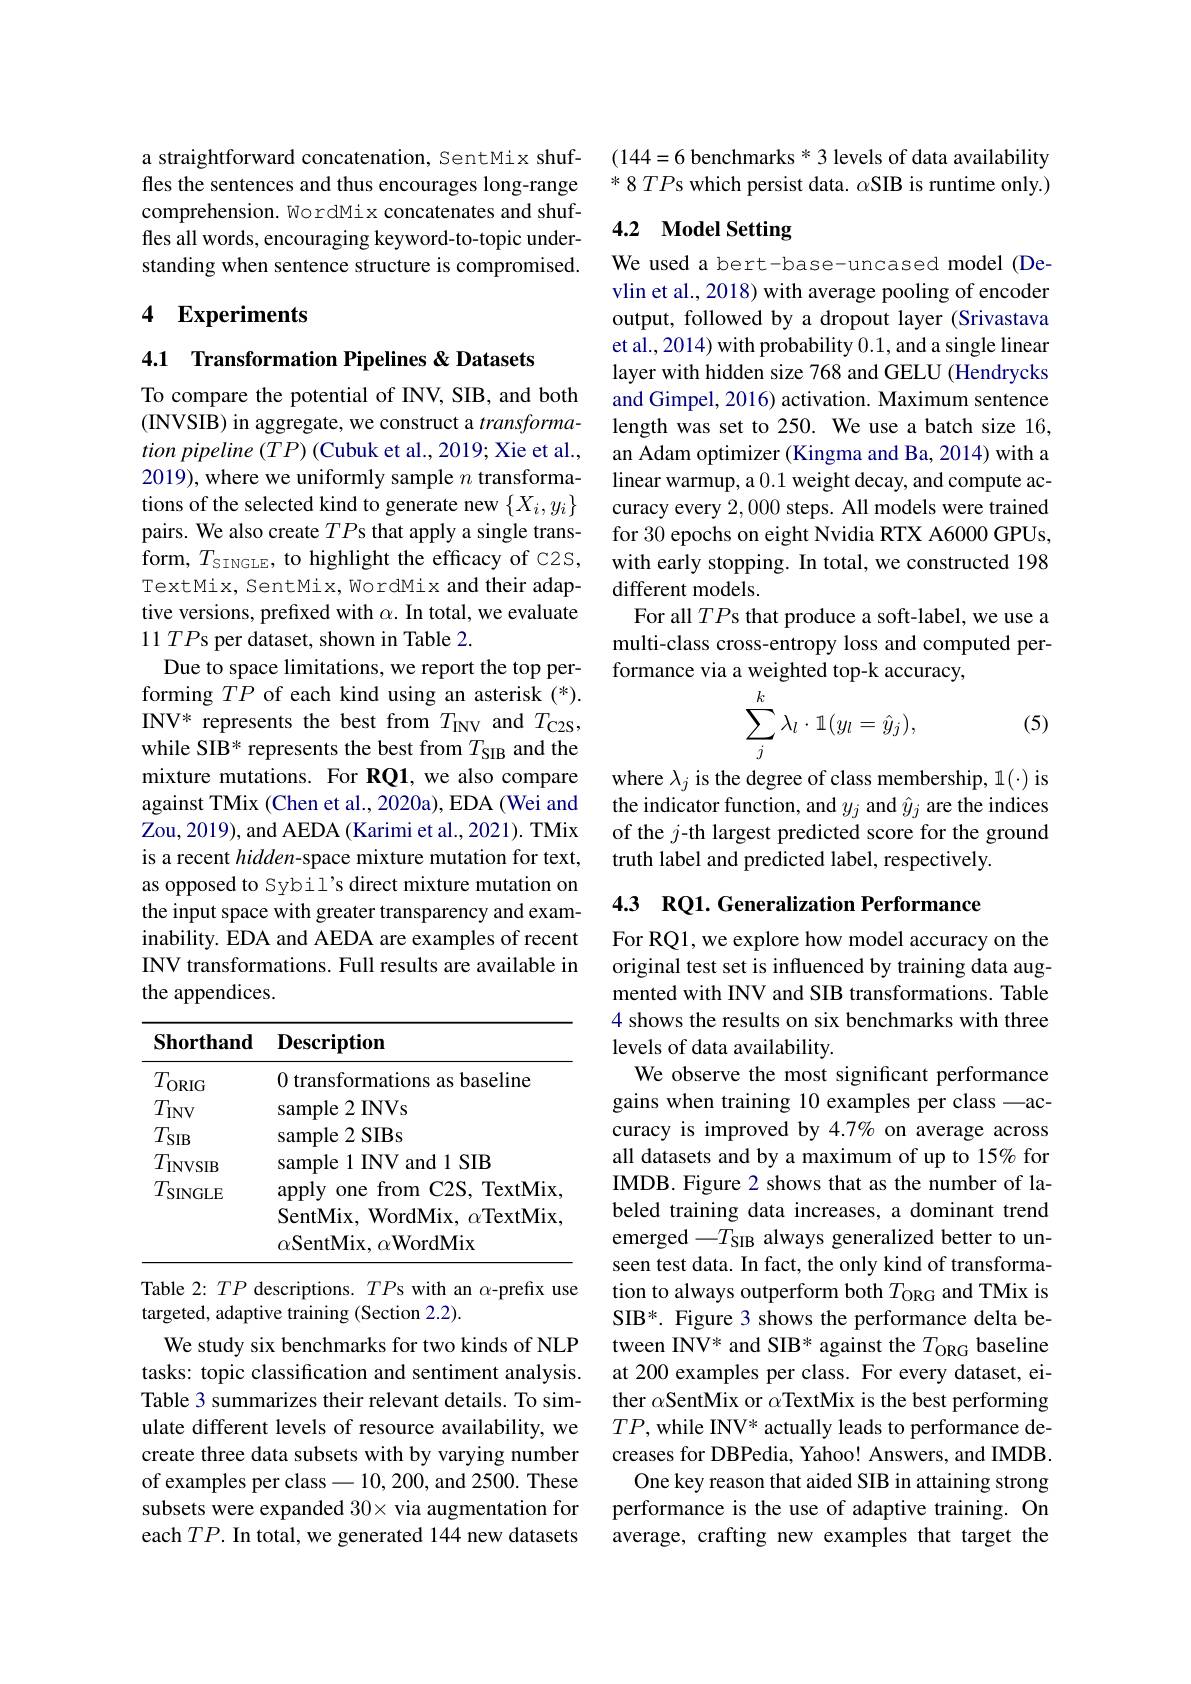
a straightforward concatenation, SentMix shuffles the sentences and thus encourages long-range comprehension. WordMix concatenates and shuffles all words, encouraging keyword-to-topic understanding when sentence structure is compromised.

## 4 Experiments

4.1 Transformation Pipelines &Datasets

To compare the potential of INV, SIB, and both (INVSIB) in aggregate, we construct a $transforma-$ tion pipeline (TP) (Cubuk et al., 2019; Xie et al., 2019), where we uniformly sample $n$ transformations of the selected kind to generate new $\{X_i,y_i\}$ pairs. We also create $TP$s that apply a single transform, $T_{\mathrm{SINGLE}}$, to highlight the efficacy of C2S, TextMix, SentMix, WordMix and their adaptive versions, prefixed with $\alpha.$ In total, we evaluate 11 $TP$s per dataset, shown in Table 2.
Due to space limitations, we report the top performing $TP$ of each kind using an asterisk (*). INV* represents the best from $T_\mathrm{INV}$ and $T_\mathrm{C2S}$, while SIB* represents the best from $T_\mathrm{SIB}$ and the mixture mutations. For RQ1, we also compare against TMix (Chen et al., 2020a), EDA (Wei and Zou, 2019), and AEDA (Karimi et al., 2021). TMix is a recent hidden-space mixture mutation for text, as opposed to Sybil's direct mixture mutation on the input space with greater transparency and examinability. EDA and AEDA are examples of recent INV transformations. Full results are available in the appendices.

<table>
	<tbody>
		<tr>
			<th>Shorthand</th>
			<th>$\mathbf{Description}$</th>
		</tr>
		<tr>
			<td>$T_{\mathrm{ORIG}}$</td>
			<td>0 transformations as baseline</td>
		</tr>
		<tr>
			<td>$T_{\mathrm{INV}}$</td>
			<td>sample2 INVs</td>
		</tr>
		<tr>
			<td>$T_{\mathrm{SIB}}$</td>
			<td>sample2 SIBs</td>
		</tr>
		<tr>
			<td>$T_{\mathrm{INVSIB}}$</td>
			<td>sample 1 INV and 1 SIB</td>
		</tr>
		<tr>
			<td>$T_{\mathrm{SINGLE}}$</td>
			<td>apply one from 1 C2S, TextMix</td>
		</tr>
		<tr>
			<td> </td>
			<td>$\alpha$SentMix, $\alpha$WordMix</td>
		</tr>
	</tbody>
</table>

Table 2: $TP$ descriptions. $TP$s with an $\alpha$-prefix use
targeted, adaptive training (Section 2.2).
We study six benchmarks for two kinds of NLP tasks: topic classification and sentiment analysis. Table 3 summarizes their relevant details. To simulate different levels of resource availability, we create three data subsets with by varying number of examples per class -10,200,and 2500. These subsets were expanded 30× via augmentation for each $TP.$ In total, we generated 144 new datasets

(144=6 benchmarks * 3 levels of data availability $*8TP$s which persist data. $\alpha$SIB is runtime only.)

## 4.2 Model Setting

We used a bert-base-uncased model (Devlin et al., 2018) with average pooling of encoder output, followed by a dropout layer (Srivastava et al., 2014) with probability 0.1, and a single linear layer with hidden size 768 and GELU (Hendrycks and Gimpel, 2016) activation. Maximum sentence length was set to 250. We use a batch size 16, an Adam optimizer (Kingma and Ba, 2014) with a linear warmup, a 0.1 weight decay, and compute accuracy every 2,000 steps. All models were trained for 30 epochs on eight Nvidia RTX A6000 GPUs, with early stopping. In total, we constructed 198 different models.
For all $TP$s that produce a soft-label, we use a multi-class cross-entropy loss and computed performance via a weighted top-k accuracy,
$$\sum_j^k\lambda_l\cdot\mathbb{1}(y_l=\hat{y}_j),$$
(5)

where $\lambda_j$ is the degree of class membership, 1(·) is the indicator function, and $y_j$ and $\hat{y}_j$ are the indices of the $j$-th largest predicted score for the ground truth label and predicted label, respectively.

## 4.3 RQ1. Generalization Performance

For RQ1, we explore how model accuracy on the original test set is influenced by training data augmented with INV and SIB transformations. Table 4 shows the results on six benchmarks with three levels of data availability.
We observe the most significant performance gains when training 10 examples per class -accuracy is improved by 4.7% on average across all datasets and by a maximum of up to 15% for IMDB. Figure 2 shows that as the number of labeled training data increases, a dominant trend emerged $-T_\mathrm{SIB}$ always generalized better to unseen test data. In fact, the only kind of transformation to always outperform both $T_\mathrm{ORG}$ and TMix is SIB*. Figure 3 shows the performance delta between INV* and SIB* against the $T_\mathrm{ORG}$ baseline at 200 examples per class. For every dataset, either $\alpha$SentMix or $\alpha$TextMix is the best performing $TP$, while INV* actually leads to performance decreases for DBPedia, Yahoo! Answers, and IMDB. One key reason that aided SIB in attaining strong performance is the use of adaptive training. On average, crafting new examples that target the